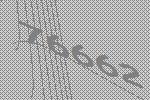
76662